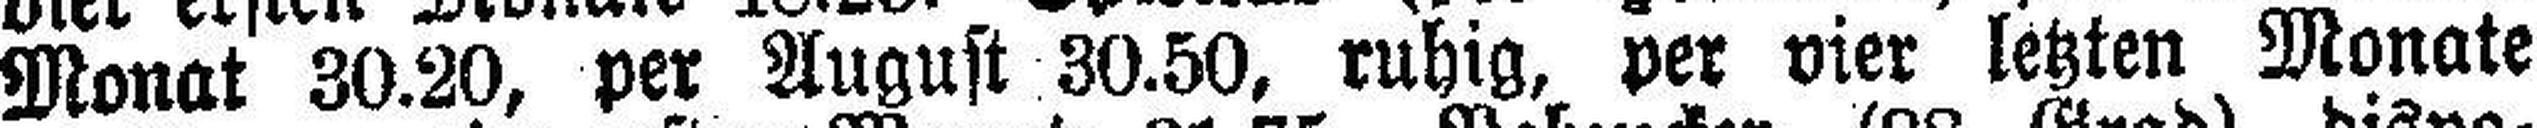
Monat 30.20, per August 30.50, ruhig, per vier letzten Monate